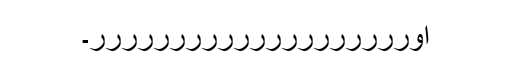
اورررررررررررررررررررر۔